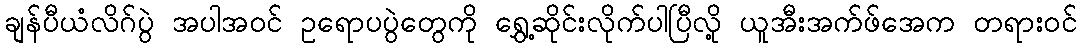
ချန်ပီယံလိဂ်ပွဲ အပါအဝင် ဥရောပပွဲတွေကို ရွှေ့ဆိုင်းလိုက်ပါပြီလို့ ယူအီးအက်ဖ်အေက တရားဝင်